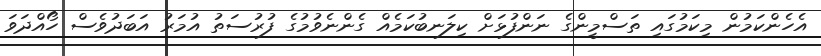
އެހެންކަމުން މިކަމުގައި ތަސްމީންގެ ނަންފުޅަށް ކިލަނބުކަމެއް ގެންނެވުމުގެ ފުރުސަތު އުމަރު އަބަދުވެސް ހޯއްދަވަ